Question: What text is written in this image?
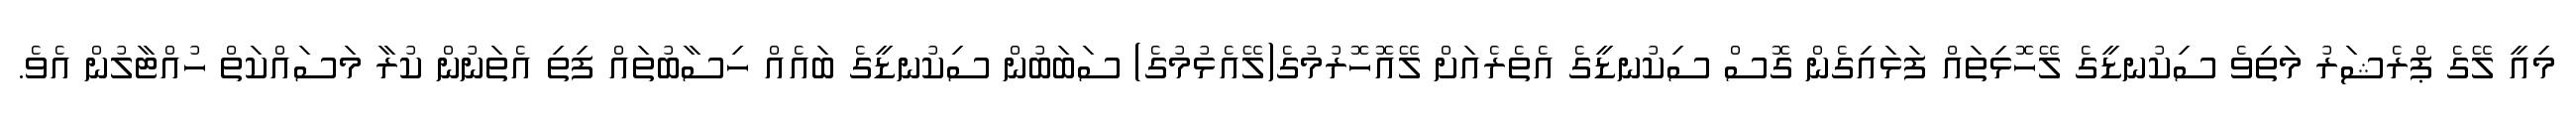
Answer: މިއީ ލޭގެ ޕްރެޝަރު މަތިވެ ސިކުނޑީގެ ލޭހޮޅިތައް ފަޅައިގެން ގޮސް ސިކުނޑީގެ އެތެރެއަށް ލޭއޮހޮރުމުގެ(ލޭއެޅުމުގެ) ސަބަބުން ސިކުނޑީގެ ބައެއް ހިސާބުތައް ފިތި އެތަނުން ކުރާ މަސައްކަތް ހުއްޓާލުން އެވެ.